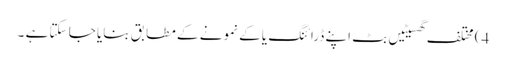
4) مختلف گھسیٹیں بٹ اپنے ڈرائنگ یا کے نمونے کے مطابق بنایا جا سکتا ہے ۔